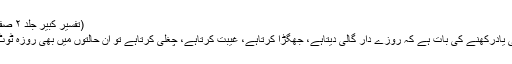
(تفسیر کبیر جلد ۲ صفحہ ۳۷۷)
اب یہ بھی یادرکھنے کی بات ہے کہ روزے دار گالی دیتاہے، جھگڑا کرتاہے، غیبت کرتاہے، چغلی کرتاہے تو ان حالتوں میں بھی روزہ ٹوٹ جاتاہے۔